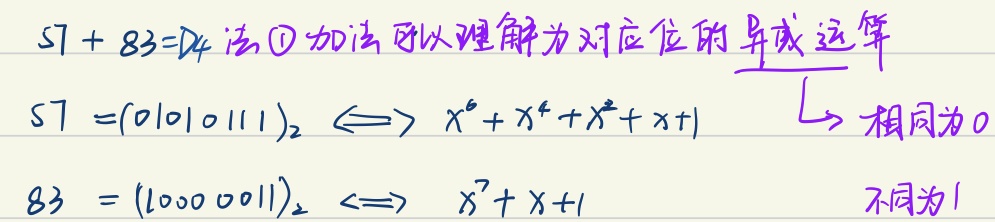
\(57 + 83=\text{D}4\) 法\textcircled{1}加法可以理解为对应位的异或运算
\(57 =(01010111)_2 \Longleftrightarrow x^{6}+x^{4}+x^{2}+x + 1\)  $\overset{\swarrow}{相同为0}$
\(83 =(10000011)_2 \Longleftrightarrow  x^{7}+x + 1\)  $\overset{}{不同为1}$